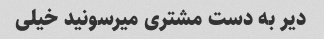
دیر به دست مشتری میرسونید خیلی